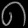
Digit: ၈